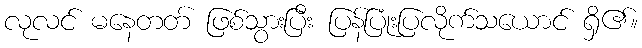
လုလင် မနေတတ် ဖြစ်သွားပြီး ပြန်ပြုံးပြလိုက်သယောင် ရှိ၏။